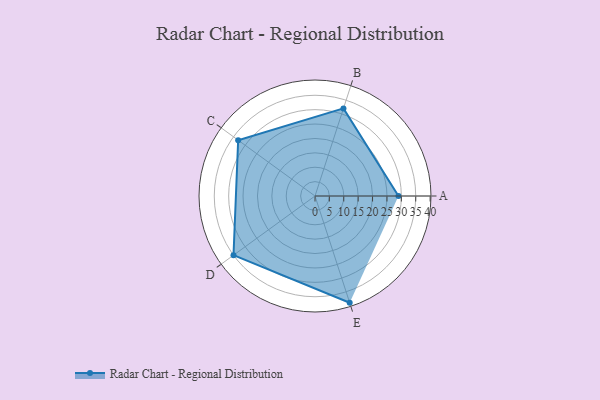
{"axis": {"x": "Skill", "y": "Score"}, "legend": ["Profile"], "data": [{"x": "A", "y": 29.0, "type": "Profile"}, {"x": "B", "y": 32.0, "type": "Profile"}, {"x": "C", "y": 33.0, "type": "Profile"}, {"x": "D", "y": 35.0, "type": "Profile"}, {"x": "E", "y": 39.0, "type": "Profile"}]}